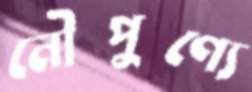
নৌপুণ্যে